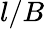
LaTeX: l/B